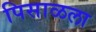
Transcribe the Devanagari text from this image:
पिसाळला